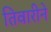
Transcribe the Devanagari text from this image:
तिवारीने